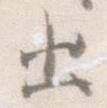
出